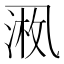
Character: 𪜚